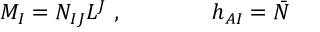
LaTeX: M _ { I } = { \cal { N } } _ { I J } L ^ { J } \ , \qquad \qquad h _ { A I } = { \bar { { \cal { N } } } }